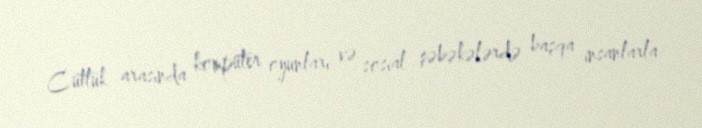
Cütlük arasında kompüter oyunları və sosial şəbəkələrdə başqa insanlarla